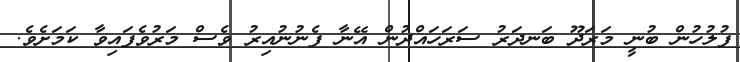
ފުލުހުން ބުނީ މަރަދޫ ބަނދަރު ސަރަހައްދުން އޭނާ ފެނުނުއިރު ވެސް މަރުވެފައިވާ ކަމަށެވެ.